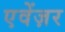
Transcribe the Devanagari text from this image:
एवेंज़र